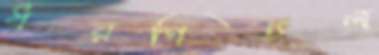
ধরণিতল